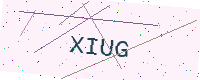
Text: XIUG